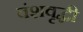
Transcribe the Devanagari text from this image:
वंशवृद्धी